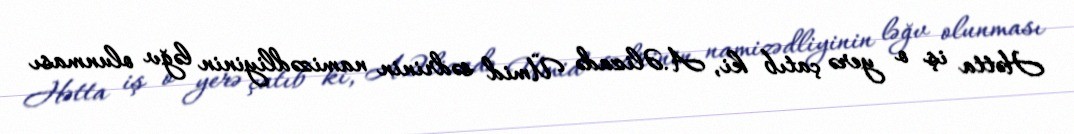
Hətta iş o yerə çatıb ki, A.Əlizadə Ümid sədrinin namizədliyinin ləğv olunması